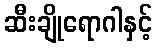
ဆီးချိုရောဂါနှင့်